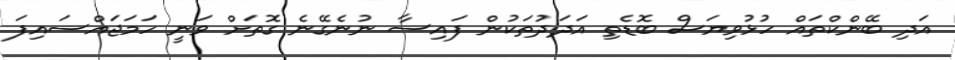
އަދި ބޭންކްތައް ހުޅުވިޔަސް ބޮޑެތި އަދަދުތަކުން ފައިސާ ނުނެގޭނެ ގޮތަށް ވަނީ ހަމަޖައްސައިފަ